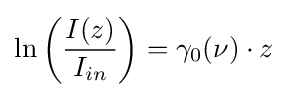
\ln \left({I(z) \over I_{in}}\right)=\gamma _{0}(\nu )\cdot z